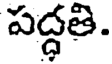
పద్ధతి.